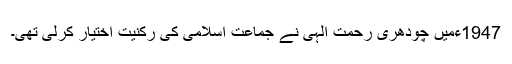
1947ءمیں چودھری رحمت الٰہی نے جماعت اسلامی کی رکنیت اختیار کرلی تھی۔